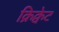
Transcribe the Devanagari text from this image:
क्रिक्वेट